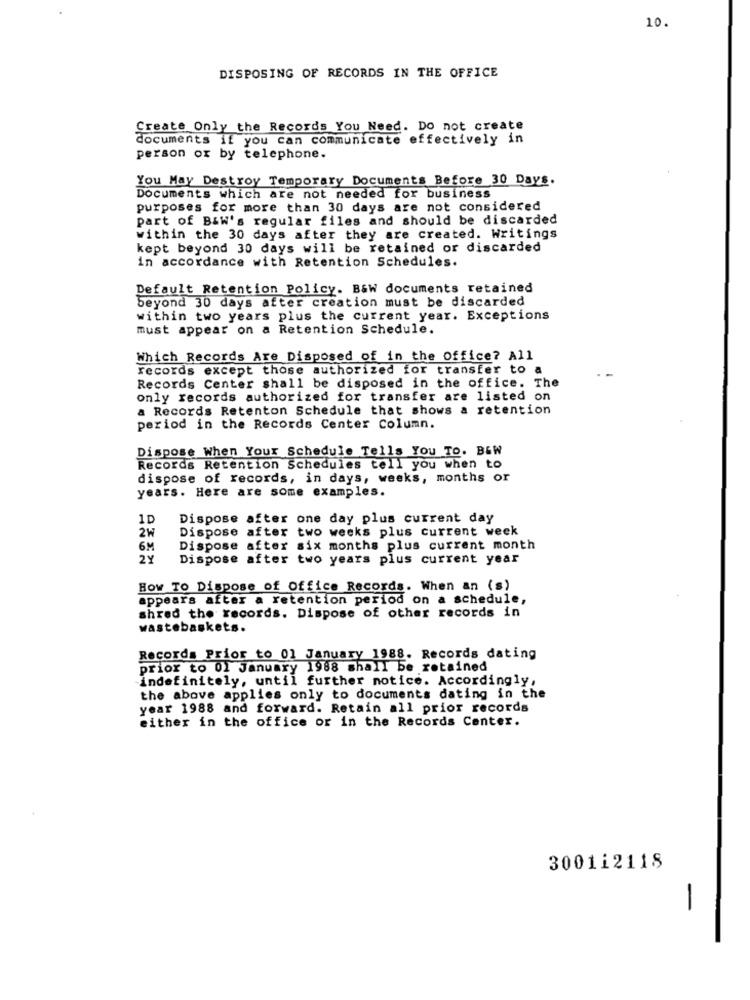
10.
DISPOSING OF RECORDS IN THE OFFICE
Create Only the Records You Need. Do not create
documents if you can communicate effectively in
person or by telephone.
You May Destroy Temporary Documents Before 30 Days.
Documents which are not needed for business
purposes for more than 30 days are not considered
part of B&W's regular files and should be discarded
within the 30 days after they are created. Writings
kept beyond 30 days will be retained or discarded
in accordance with Retention Schedules.
Default Retention Policy. B&W documents retained
beyond 30 days after creation must be discarded
within two years plus the current year. Exceptions
must appear on a Retention Schedule.
Which Records Are Disposed of in the office? All
records except those authorized for transfer to
Records Center shall be disposed in the office. The
only records authorized for transfer are listed on
a Records Retenton Schedule that shows a retention
period in the Records Center Column.
Dispose When Your Schedule Tells You To. B&W
Records Retention Schedules tell you when to
dispose of records, in days, weeks, months or
years. Here are some examples.
1D
Dispose after one day plus current day
Dispose after two weeks plus current week
2W
6M
Dispose after six months plus current month
2Y
Dispose after two years plus current year
How TO Dispose of Office Records. When an (s)
appears after a retention period on a schedule,
shred the records. Dispose of other records in
wastebaskets.
Records Prior to 01 January 1988. Records dating
prior to 01 January 1988 shall be retained
indefinitely, until further notice. Accordingly,
the above applies only to documents dating in the
year 1988 and forward. Retain all prior records
either in the office or in the Records Center.
300112118
-